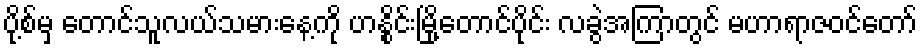
ပို့စ်မှ တောင်သူလယ်သမားနေ့ကို ဟနွိုင်းမြို့တောင်ပိုင်း လခွဲအကြာတွင် မဟာရာဇဝင်တော်